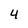
Character: 4